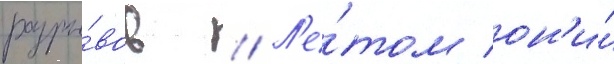
разры́вов // Л'е́том он'и́